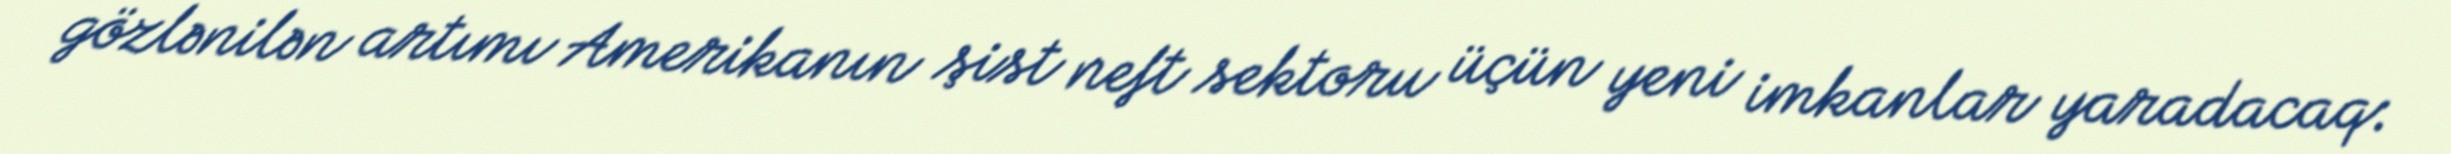
gözlənilən artımı Amerikanın şist neft sektoru üçün yeni imkanlar yaradacaq: